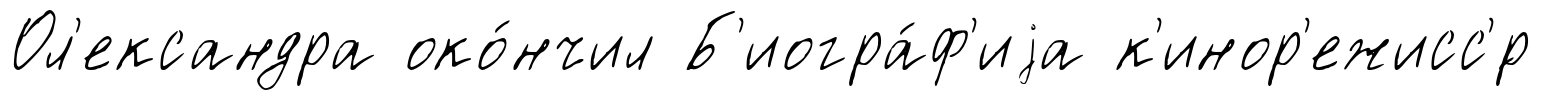
Ол'ександра око́нчил Б'иогра́ф'иjа к'инор'ежисс'́р